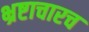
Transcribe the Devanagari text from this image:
भ्रष्टाचारच